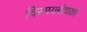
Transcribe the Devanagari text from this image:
विस्मयबोधकों